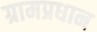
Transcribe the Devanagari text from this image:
ग्रामप्रधान